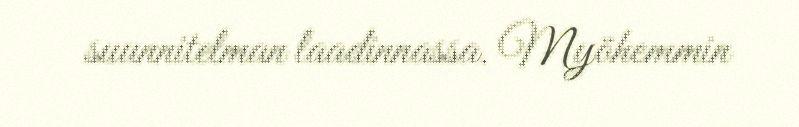
suunnitelman laadinnassa. Myöhemmin